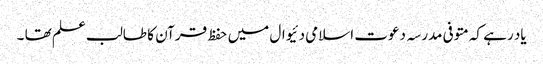
یاد رہے کہ متوفی مدرسہ دعوت اسلامی دئیوال میں حفظ قرآن کا طالب علم تھا ۔